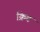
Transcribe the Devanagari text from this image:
क्रिब